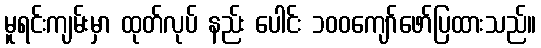
မူရင်းကျမ်းမှာ ထုတ်လုပ် နည်း ပေါင်း ၁၀၀ကျော်ဖော်ပြထားသည်။